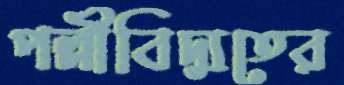
পল্লীবিদ্যুতের